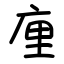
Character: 㢆